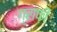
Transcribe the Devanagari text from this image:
ग्राफ़ी